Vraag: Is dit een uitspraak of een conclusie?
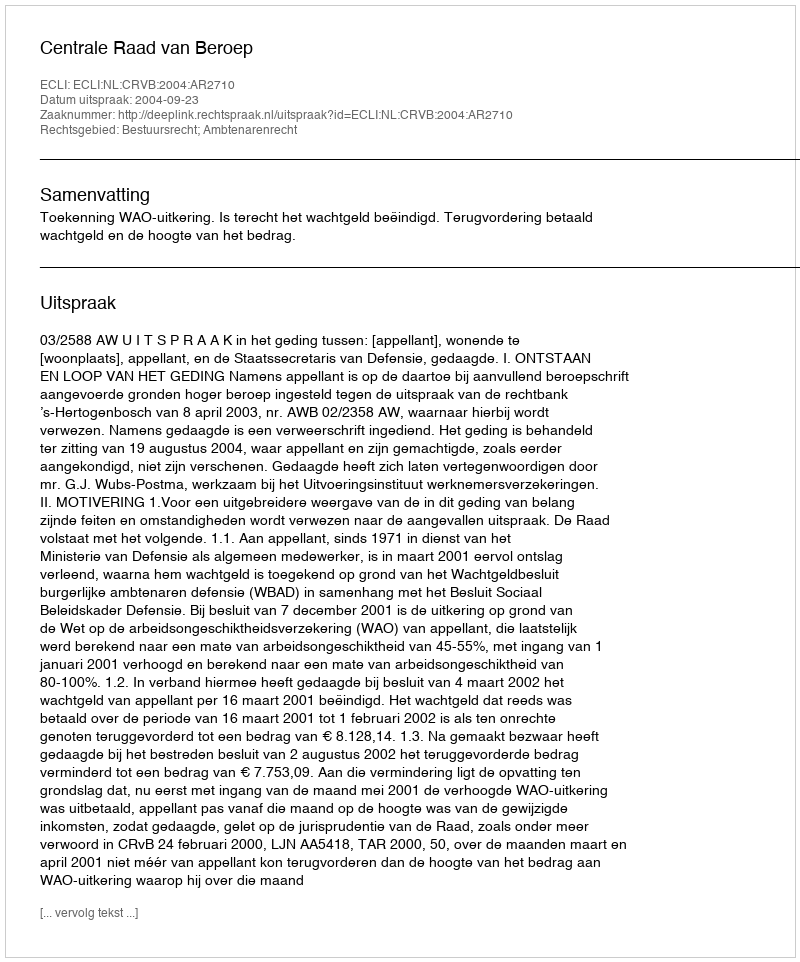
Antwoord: Uitspraak